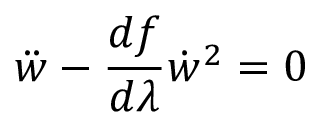
\ddot { w } - \frac { d f } { d \lambda } \dot { w } ^ { 2 } = 0